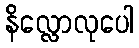
နိလ္လောလုပေါ